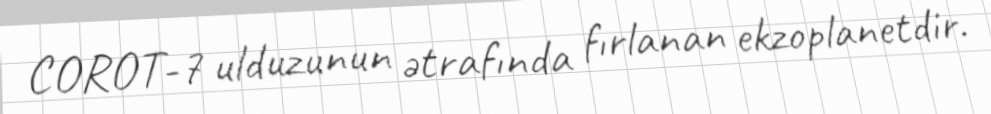
COROT-7 ulduzunun ətrafında fırlanan ekzoplanetdir.